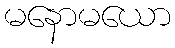
မနောမယော